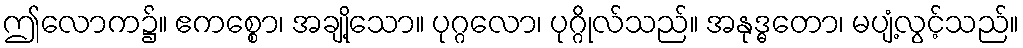
ဤလောက၌။ ဧကစ္စော၊ အချို့သော။ ပုဂ္ဂလော၊ ပုဂ္ဂိုလ်သည်။ အနုဒ္ဓတော၊ မပျံ့လွင့်သည်။